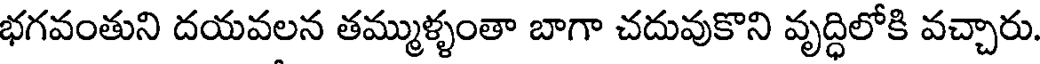
భగవంతుని దయవలన తమ్ముళ్ళంతా బాగా చదువుకొని వృద్ధిలోకి వచ్చారు.